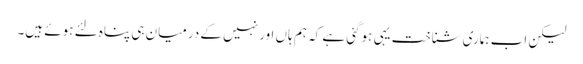
لیکن اب ہماری شناخت یہی ہوگئی ہے کہ ہم ہاں اور نہیں کے درمیان ہی پناہ لئے ہوئے ہیں۔